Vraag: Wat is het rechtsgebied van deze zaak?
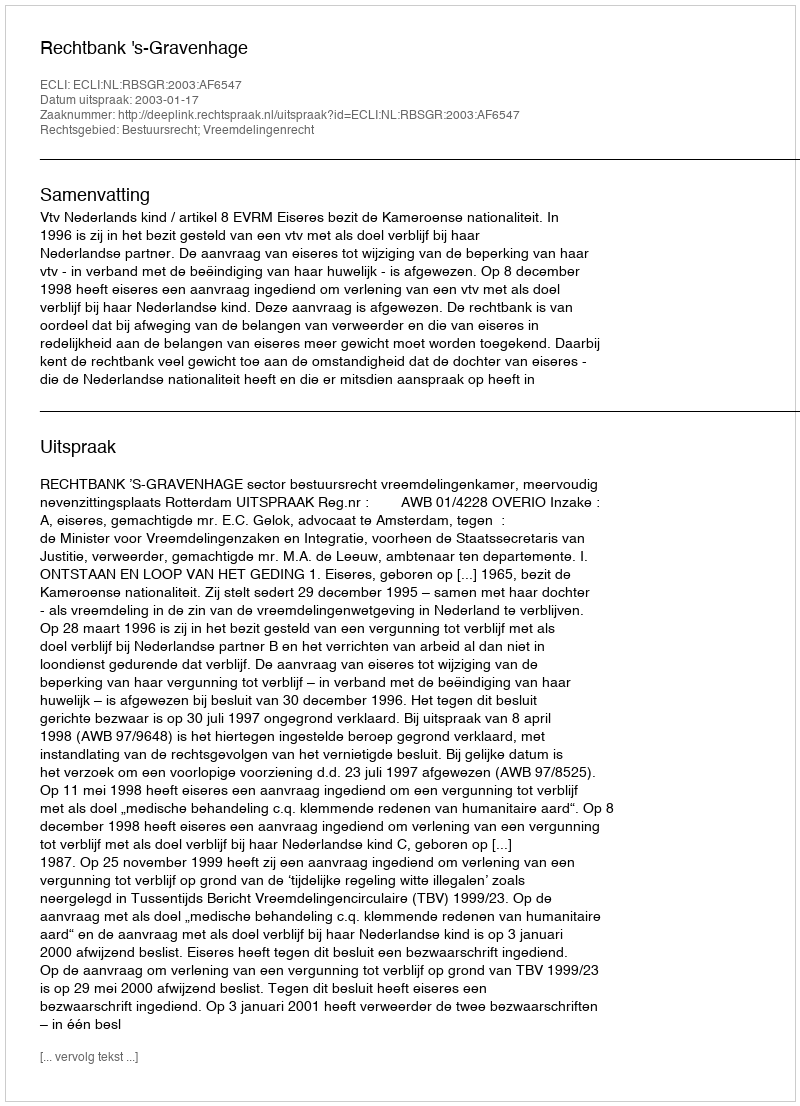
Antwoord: Bestuursrecht; Vreemdelingenrecht